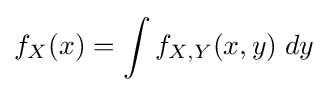
f_{X}(x)=\int f_{X,Y}(x,y)\;dy